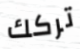
تركك